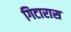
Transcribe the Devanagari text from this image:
गिटारास